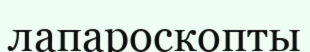
лапароскопты